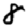
Digit: 8